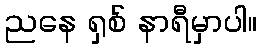
ညနေ ရှစ် နာရီမှာပါ။